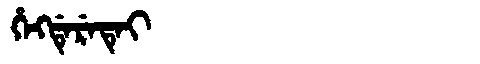
Manchu: ᡥᡝᡴᡩᡝᡵᡝᡨᡝᡳ
Romanization: HEKDERETEI